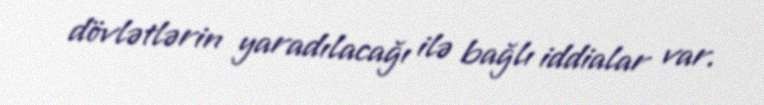
dövlətlərin yaradılacağı ilə bağlı iddialar var.